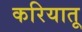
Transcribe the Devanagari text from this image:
करियातू